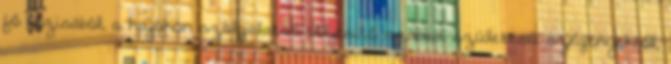
fő bázisából, a hajókon szolgálatot teljesítő szabad születésű szegényekből,